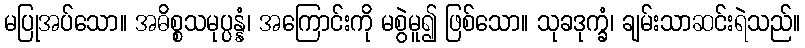
မပြုအပ်သော။ အဓိစ္စသမုပ္ပန္နံ၊ အကြောင်းကို မစွဲမူ၍ ဖြစ်သော။ သုခဒုက္ခံ၊ ချမ်းသာဆင်းရဲသည်။